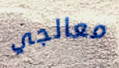
معالجي